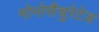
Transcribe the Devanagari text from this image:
मोनोसैचुरेटेड